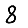
Digit: 8